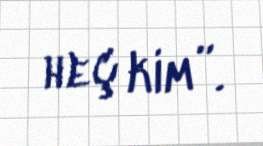
heç kim”.